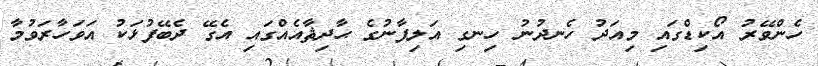
ހެންވޭރު އޯކިޑްގައި މިއަދު ހެނދުނު ހިނގި އަލިފާނުގެ ޙާދިޘާއެއްގައި އެގޭ ދެބޭފުޅަކު އަވަހާރަވުމާ